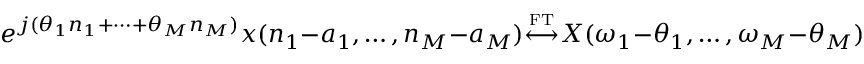
e ^ { j ( \theta _ { 1 } n _ { 1 } + \cdots + \theta _ { M } n _ { M } ) } x ( n _ { 1 } - a _ { 1 } , \ldots , n _ { M } - a _ { M } ) { \overset { \underset { \mathrm { F T } } { } } { \longleftrightarrow } } X ( \omega _ { 1 } - \theta _ { 1 } , \ldots , \omega _ { M } - \theta _ { M } )